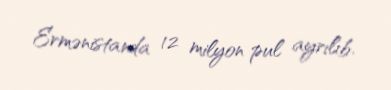
Ermənistanda 12 milyon pul ayrılıb.